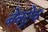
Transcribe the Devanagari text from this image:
बेक्ट्रेव